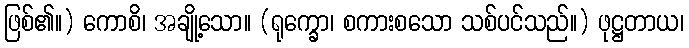
ဖြစ်၏။) ကောစိ၊ အချို့သော။ (ရုက္ခော၊ စကားစသော သစ်ပင်သည်။) ဖုဋ္ဌတာယ၊